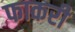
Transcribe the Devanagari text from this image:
फाकरी